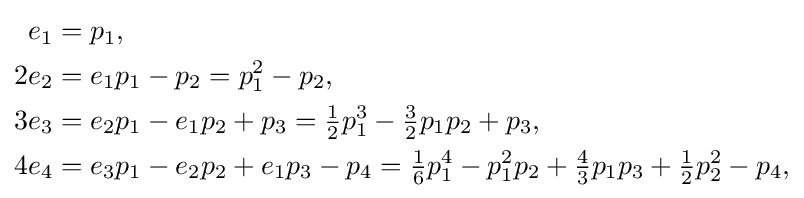
{\begin{aligned}e_{1}&=p_{1},\\2e_{2}&=e_{1}p_{1}-p_{2}=p_{1}^{2}-p_{2},\\3e_{3}&=e_{2}p_{1}-e_{1}p_{2}+p_{3}={\tfrac {1}{2}}p_{1}^{3}-{\tfrac {3}{2}}p_{1}p_{2}+p_{3},\\4e_{4}&=e_{3}p_{1}-e_{2}p_{2}+e_{1}p_{3}-p_{4}={\tfrac {1}{6}}p_{1}^{4}-p_{1}^{2}p_{2}+{\tfrac {4}{3}}p_{1}p_{3}+{\tfrac {1}{2}}p_{2}^{2}-p_{4},\\\end{aligned}}